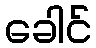
ခေါင်